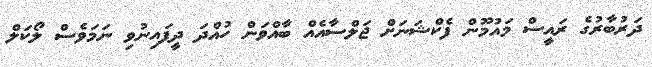
ދަރުބާރުގެ ރައީސް މައުމޫން ފެކްޝަނަށް ޖަލްސާއެއް ބާއްވަން ހުއްދަ ދީފައިނުވި ނަމަވެސް ލޯކަލް